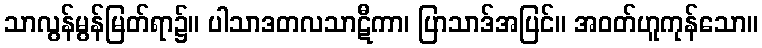
သာလွန်မွန်မြတ်ရာ၌။ ပါသာဒတလသာဋီကာ၊ ပြာသာဒ်အပြင်။ အဝတ်ဟူကုန်သော။